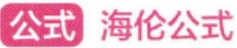
图中没有需要以LATEX格式识别的公式内容。